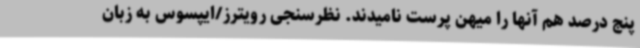
پنج درصد هم آنها را میهن پرست نامیدند. نظرسنجی رویترز/ایپسوس به زبان